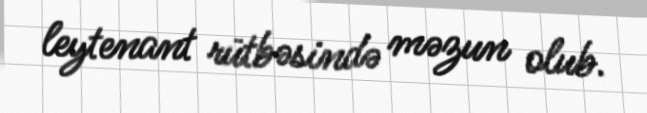
leytenant rütbəsində məzun olub.